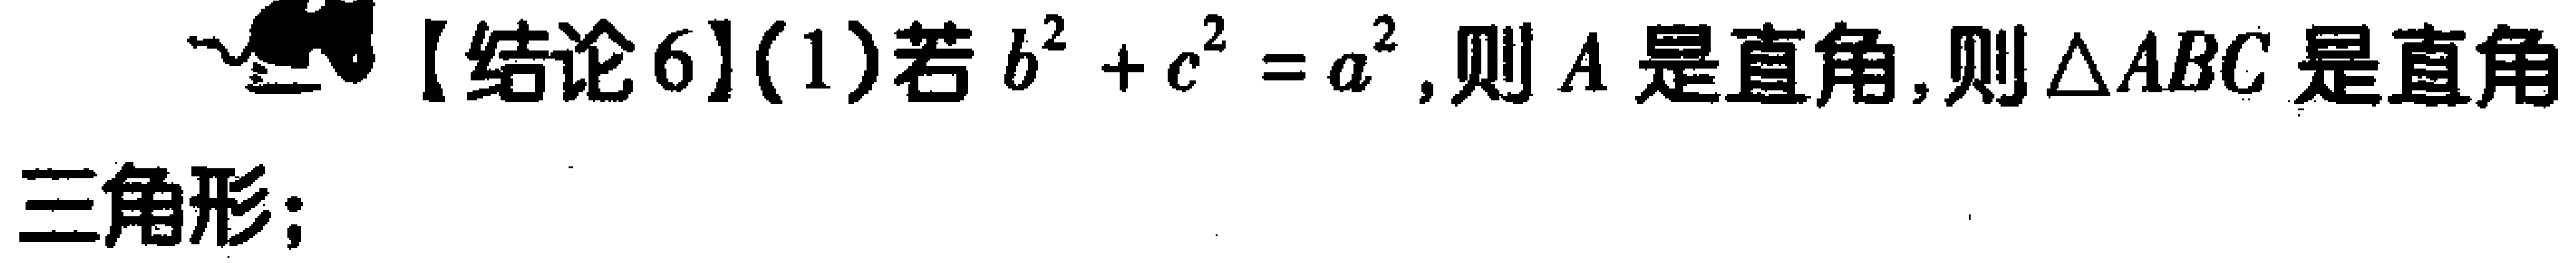
【结论6】(1)若\(b^{2}+c^{2}=a^{2}\)，则\(A\)是直角，则\(\triangle ABC\)是直角三角形；